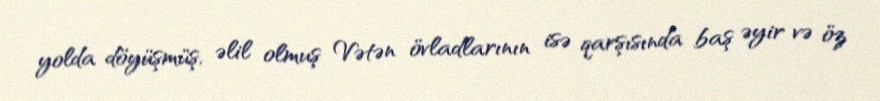
yolda döyüşmüş, əlil olmuş Vətən övladlarının isə qarşısında baş əyir və öz